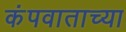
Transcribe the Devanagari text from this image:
कंपवाताच्या